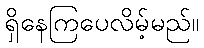
ရှိနေကြပေလိမ့်မည်။